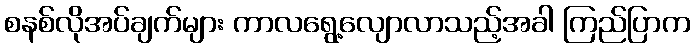
စနစ်လိုအပ်ချက်များ ကာလရွေ့လျောလာသည့်အခါ ကြည်ပြာက